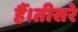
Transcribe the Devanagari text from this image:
हैं।तीसरे